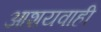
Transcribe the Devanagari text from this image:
आशयवाही